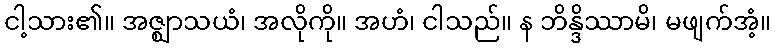
ငါ့သား၏။ အဇ္ဈာသယံ၊ အလိုကို။ အဟံ၊ ငါသည်။ န ဘိန္ဒိဿာမိ၊ မဖျက်အံ့။